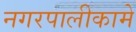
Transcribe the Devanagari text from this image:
नगरपालीकामे